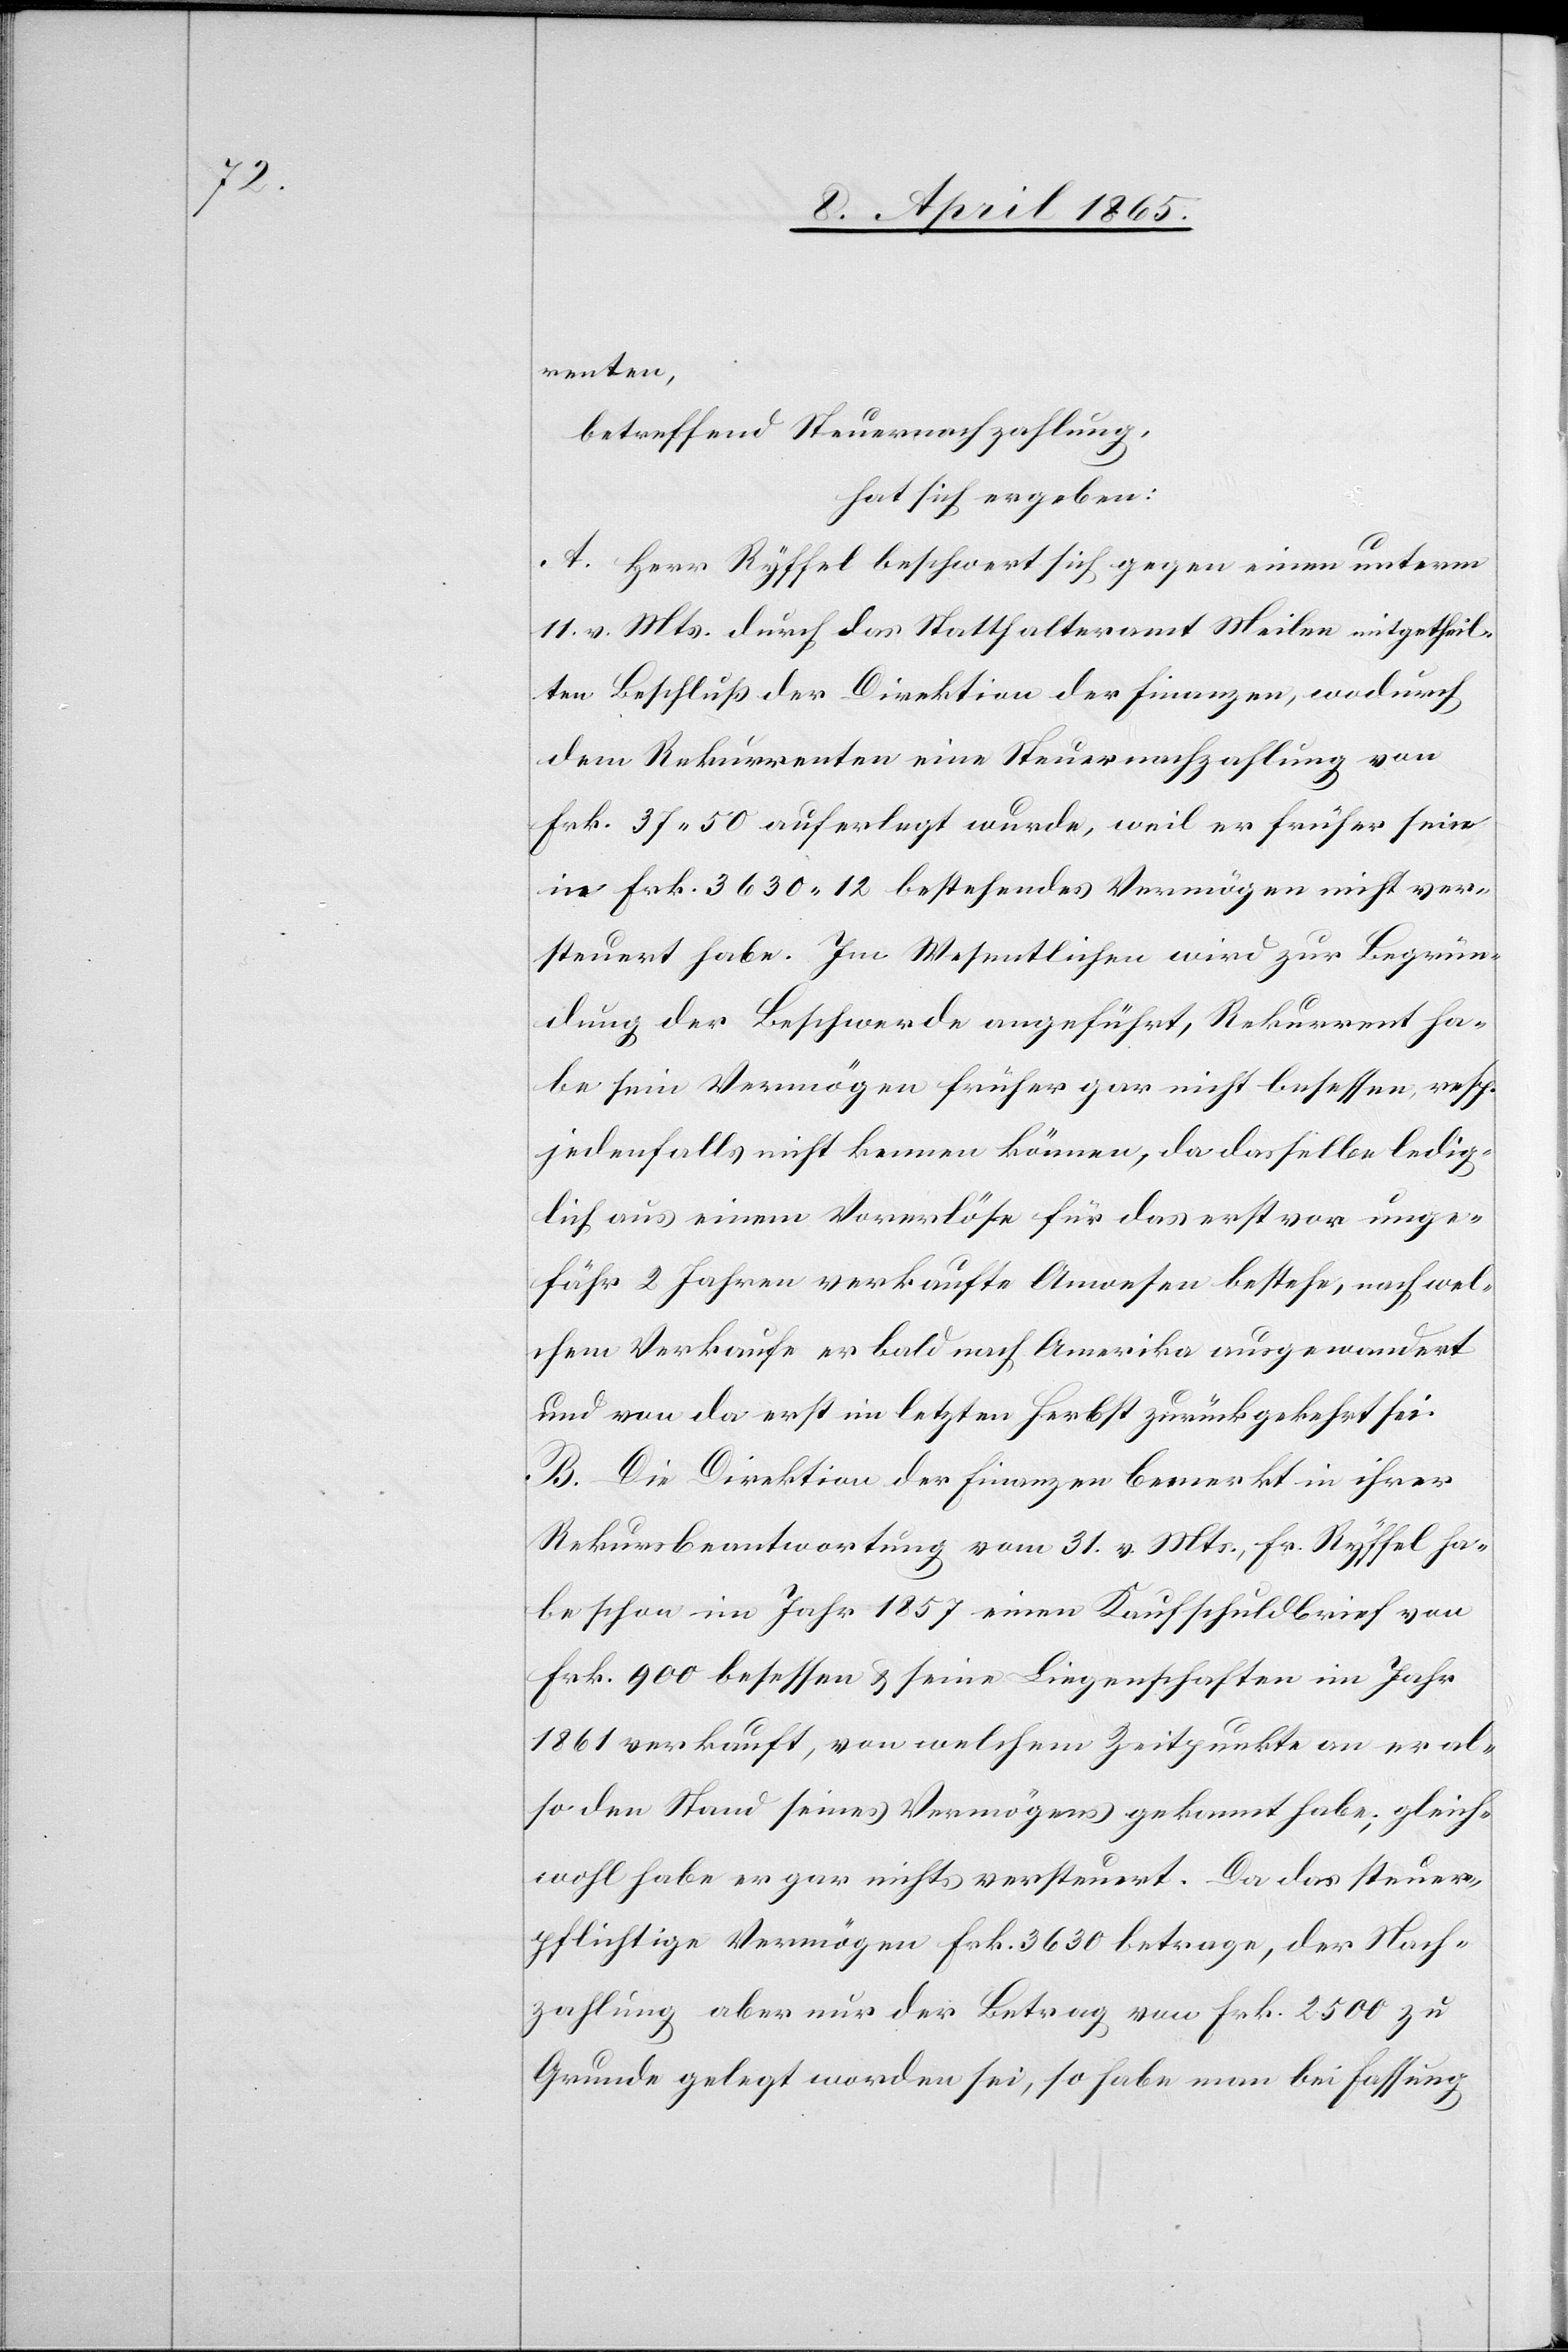
renten,
betreffend Steuernachzahlung,
hat sich ergeben:
A. Herr Ryffel beschwert sich gegen einen unterm
11. v. Mts. durch das Statthalteramt Meilen mitgetheil¬
ten Beschluß der Direktion der Finanzen, wodurch
dem Rekurrenten eine Steuernachzahlung von
Frk. 37 50 auferlegt wurde, weil er früher sein
in Frk. 3630 12 bestehendes Vermögen nicht ver¬
steuert habe. Im Wesentlichen wird zur Begrün¬
dung der Beschwerde angeführt, Rekurrent ha¬
be sein Vermögen früher gar nicht besessen, resp.
jedenfalls nicht kennen können, da dasselbe ledig¬
lich aus einem Vorerlöse für das erst vor unge¬
fähr 2 Jahren verkaufte Anwesen bestehe, nach wel¬
chem Verkaufe er bald nach Amerika ausgewandert
und von da erst im letzten Herbst zurückgekehrt sei.
B. Die Direktion der Finanzen bemerkt in ihrer
Rekursbeantwortung vom 31. v. Mts., Fr. Ryffel ha¬
be schon im Jahr 1857 einen Kaufschuldbrief von
Frk. 900 besessen & seine Liegenschaften im Jahr
1861 verkauft, von welchem Zeitpunkte an er al¬
so den Stand seines Vermögens gekannt habe; gleich¬
wohl habe er gar nichts versteuert. Da das steuer¬
pflichtige Vermögen Frk. 3630 betrage, der Nach¬
zahlung aber nur der Betrag von Frk. 2500 zu
Grunde gelegt worden sei, so habe man bei Fassung